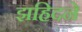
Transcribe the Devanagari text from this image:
झहिदने